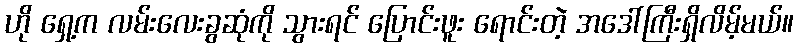
ဟို ရှေ့က လမ်းလေးခွဆုံကို သွားရင် ပြောင်းဖူး ရောင်းတဲ့ အဒေါ်ကြီးရှိလိမ့်မယ်။